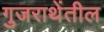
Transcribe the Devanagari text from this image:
गुजराथेंतील